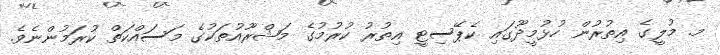
މ. މުލީގެ އިތުރުން ހުޅުމީދޫގައި ކެޕޭސިޓީ އިތުރު ކުރުމުގެ މަޝްރޫއުތަކުގެ މަސައްކަތް ކުރަމުންނެވެ.